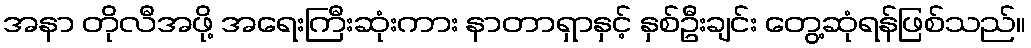
အနာ တိုလီအဖို့ အရေးကြီးဆုံးကား နာတာရှာနှင့် နှစ်ဦးချင်း တွေ့ဆုံရန်ဖြစ်သည်။